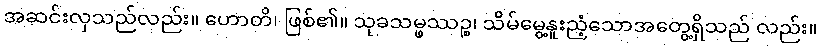
အဆင်းလှသည်လည်း။ ဟောတိ၊ ဖြစ်၏။ သုခသမ္ဖဿဉ္စ၊ သိမ်မွေ့နူးညံ့သောအတွေ့ရှိသည် လည်း။